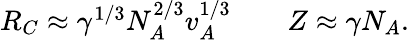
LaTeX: \begin{array}{rlr}{R_{C}\approx\gamma^{1/3}N_{A}^{2/3}v_{A}^{1/3}}&{{}}&{Z\approx\gamma N_{A}.}\end{array}